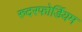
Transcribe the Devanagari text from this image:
रुदरफोर्डियम